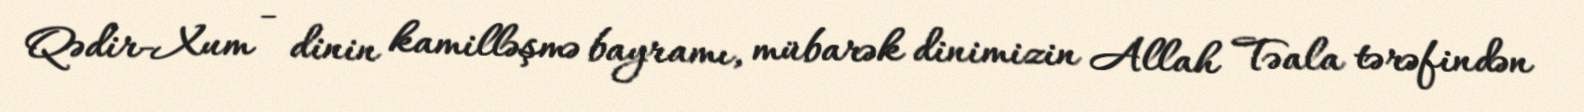
Qədir-Xum - dinin kamilləşmə bayramı, mübarək dinimizin Allah Təala tərəfindən